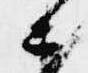
ニ